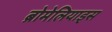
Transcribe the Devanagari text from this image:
ब्रोमेलियाड्स